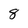
Character: 8